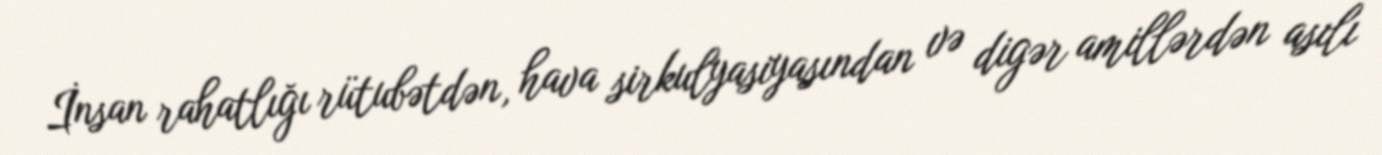
İnsan rahatlığı rütubətdən, hava sirkulyasiyasından və digər amillərdən asılı